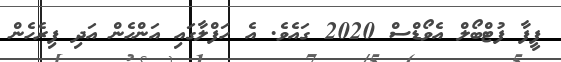
ފީފާ ފުޓްބޯލް އެވޯޑްސް 2020 ގައެވެ. އެ ހަފްލާގައި އަންހެން އަދި ފިރެހެން